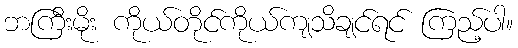
ဘကြီးမိုး ကိုယ်တိုင်ကိုယ်ကျသိချင်ရင် ကြည့်ပါ။